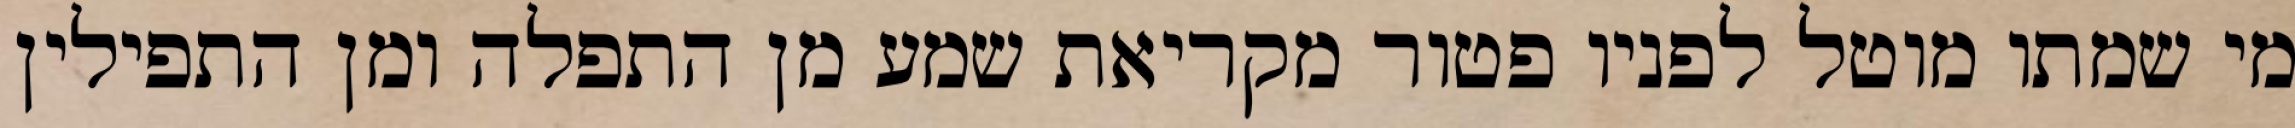
מי שמתו מוטל לפניו פטור מקריאת שמע מן התפלה ומן התפילין